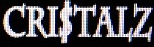
CRISTAIZ